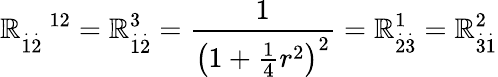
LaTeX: \mathbb{R}_{\overset{.}{1}\overset{.}{2}}^{\quad12}=\mathbb{R}_{\overset{.}{1}\overset{.}{2}}^{3}=\frac{{1}}{{\left(1+\frac{{1}}{{4}}r^{2}\right)^{2}}}=\mathbb{R}_{\overset{.}{2}\overset{.}{3}}^{1}=\mathbb{R}_{\overset{.}{3}\overset{.}{1}}^{2}